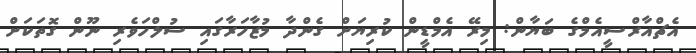
އެޗްއާރްސީއެމްގެ ބަޔާން: މިރޭ އެމްޑީން ކުރިޔަށް ގެންދާ މުޒާހަރާގައި ސުލްހަވެރި ނޫން ގޮތަކަށް